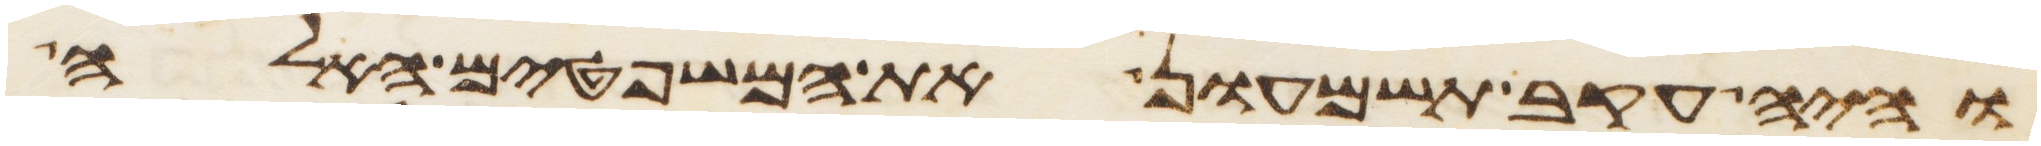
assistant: והיה עקב תשמעון את המשפטים האלה